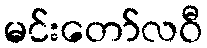
မင်းတော်လဝီ